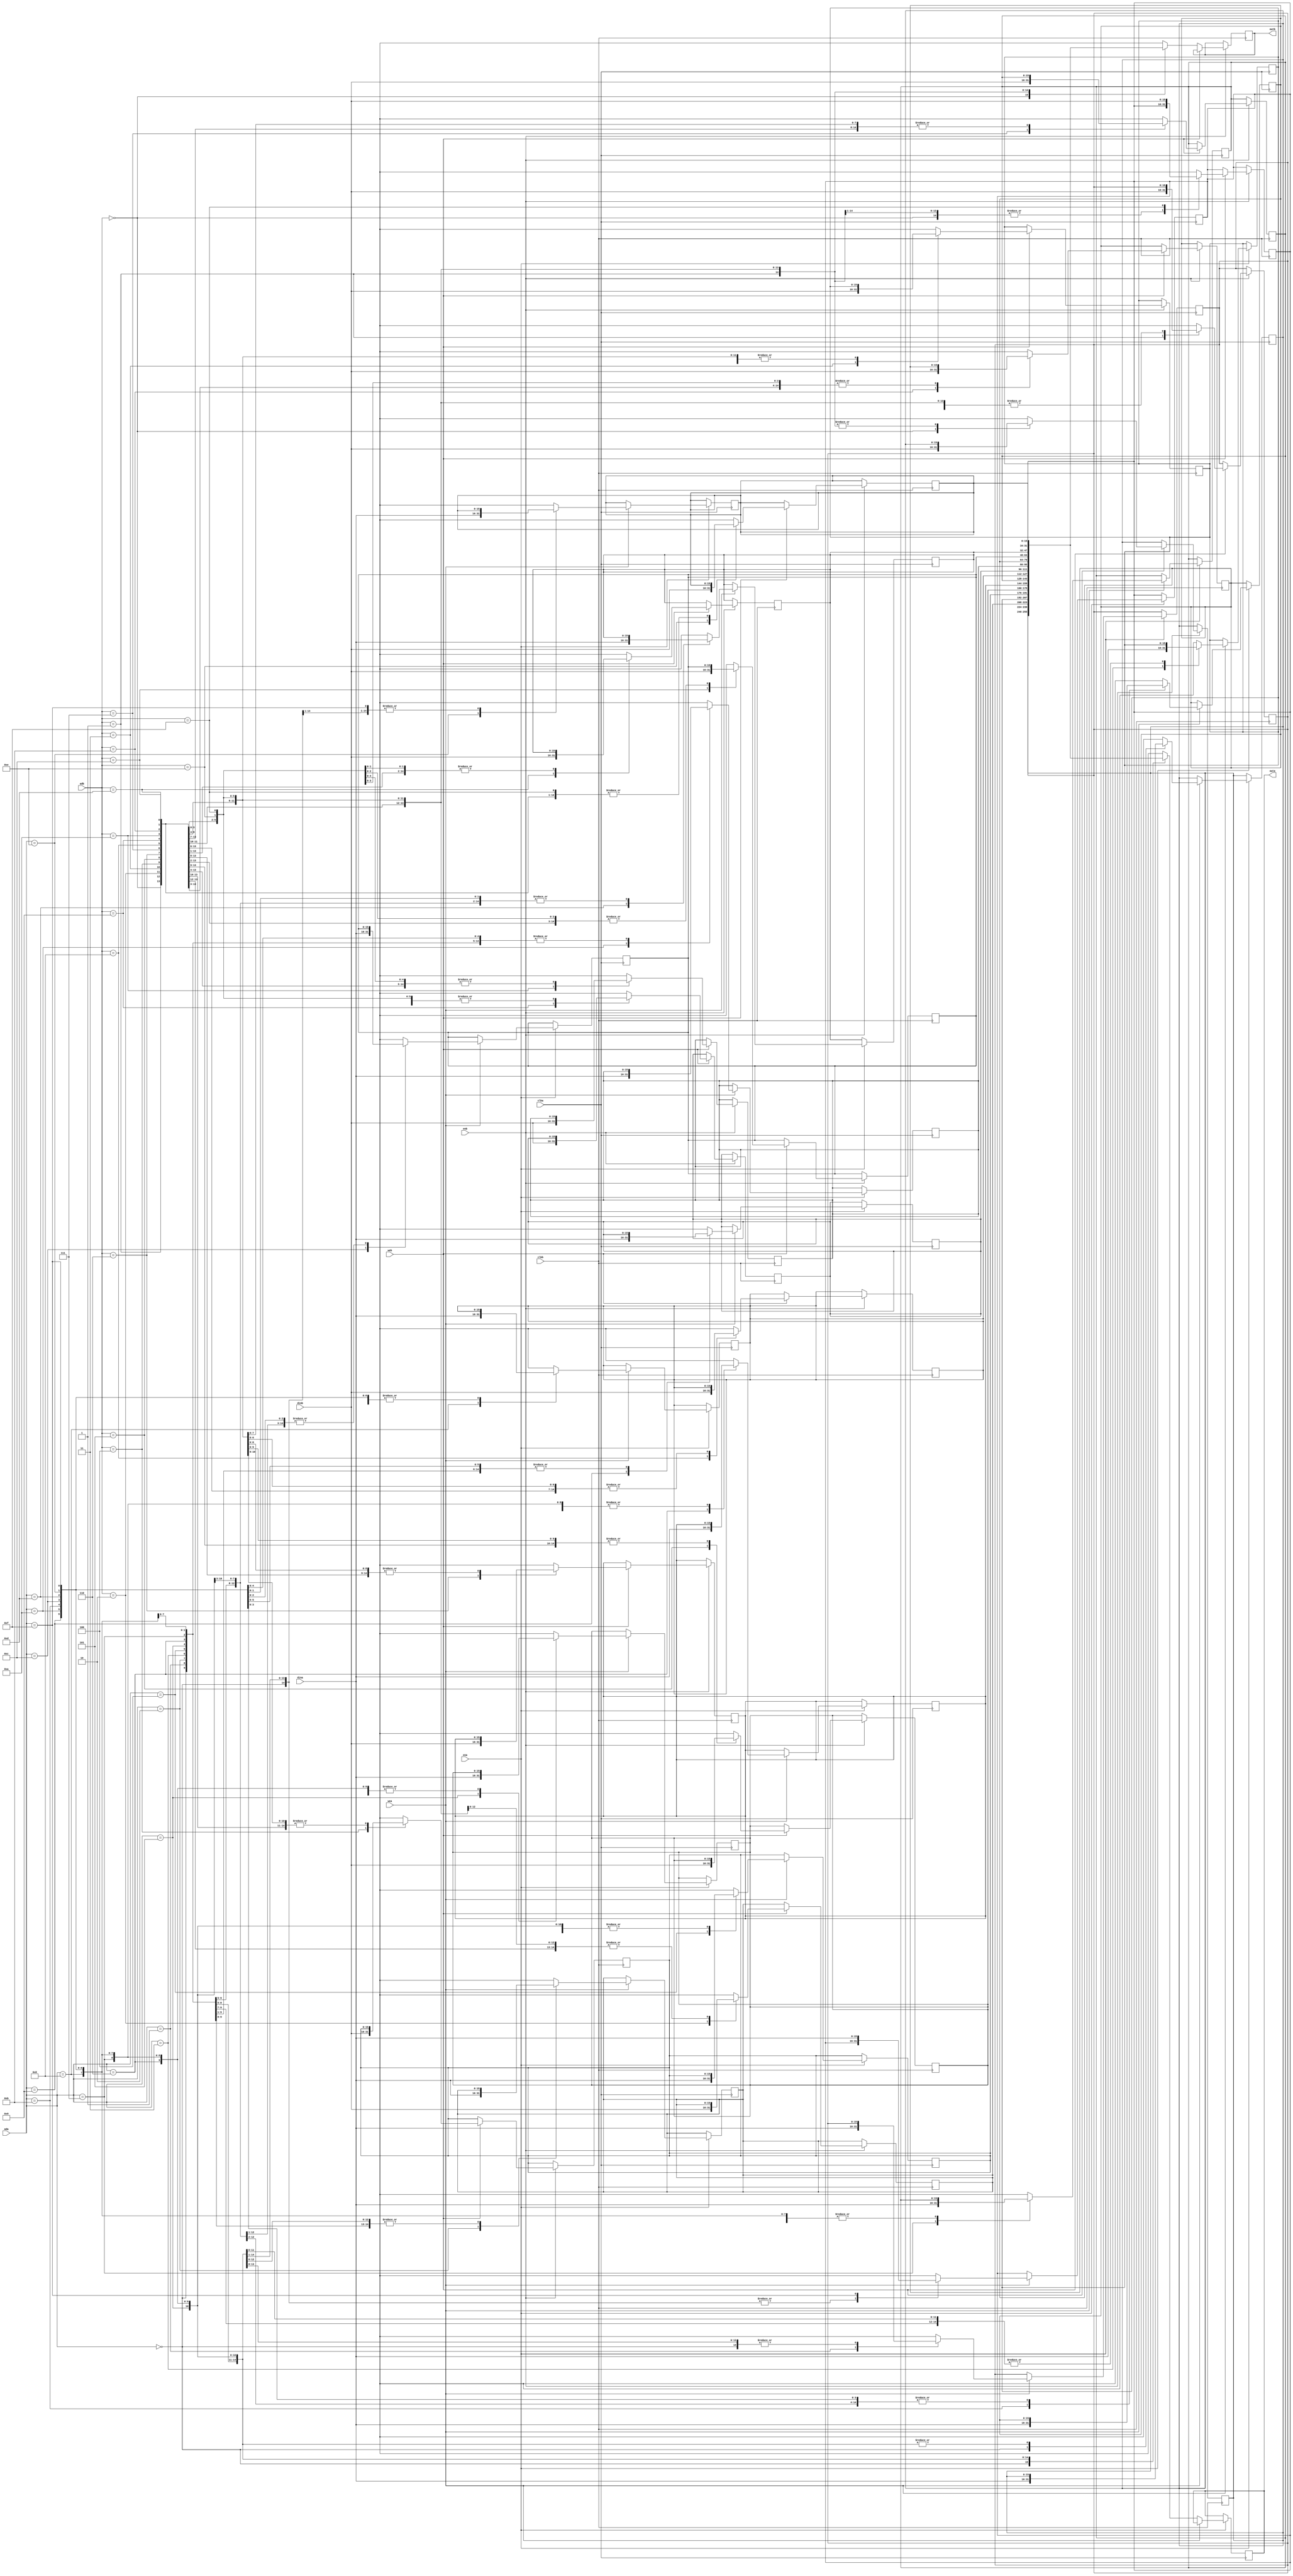
`timescale 1ns / 1ps
//////////////////////////////////////////////////////////////////////////////////
// Company: 
// Engineer: 
// 
// Design Name: 
// Module Name:    dual_port_RAM_16bit_4bit 
// Project Name: 
// Target Devices: 
// Tool versions: 
// Description: 
//
// Dependencies: 
//
// Revision: 
// Revision 0.01 - File Created
// Additional Comments: 
//
//////////////////////////////////////////////////////////////////////////////////
module dual_port_RAM_16bit_4bit(
    input wea,ena,clka,web,enb,clkb,
    input [15:0] dina,dinb,
    input [3:0] ada,adb,
    output reg [15:0] outa,outb
    );
	 reg[15:0] mem [15:0];
	always @(posedge clka) begin
			if(ena) begin
				if(wea)	mem[ada]=dina;
				else outa=mem[ada];
			end
	end
	
	always @(posedge clkb) begin
		if(enb) begin
			if(web) mem[adb]=dinb;
			else outb=mem[adb];
		end
	end
		
endmodule